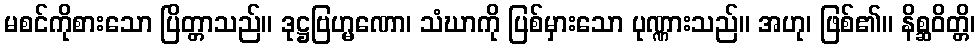
မစင်ကိုစားသော ပြိတ္တာသည်။ ဒုဋ္ဌဗြဟ္မဏော၊ သံဃာကို ပြစ်မှားသော ပုဏ္ဏားသည်။ အဟု၊ ဖြစ်၏။ နိစ္ဆဝိတ္တိ၊